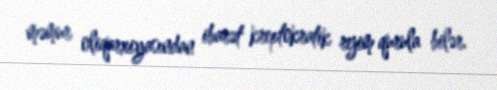
məmur oliqarxiyasından ibarət kreptokratik rejim qurula bilər.